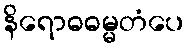
နိရောဓဓမ္မတံပေ